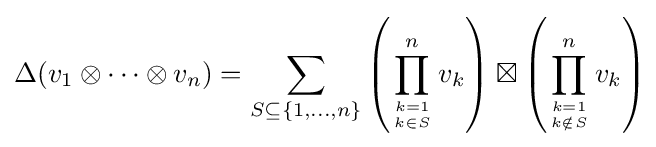
\Delta (v_{1}\otimes \cdots \otimes v_{n})=\sum _{S\subseteq \{1,\dots ,n\}}\left(\prod _{k=1 \atop k\in S}^{n}v_{k}\right)\boxtimes \left(\prod _{k=1 \atop k\notin S}^{n}v_{k}\right)\!